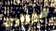
فيراري